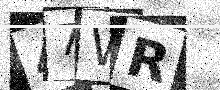
Text: 47WR